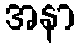
အနာ